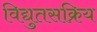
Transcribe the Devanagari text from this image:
विद्युतसक्रिय